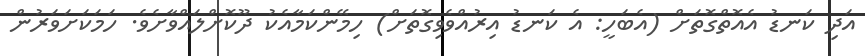
އަދި ކަނޑު އެއޮތްގޮތަށް (އެބަހީ: އެ ކަނޑު އިރުއްވެވިގޮތަށް) ހިމޭންކަމާއެކު ދޫކޮށްލައްވާށެވެ. ހަމަކަށަވަރުން